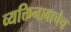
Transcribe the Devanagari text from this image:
व्यक्तिनावाचेच